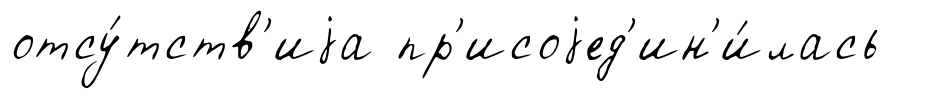
отсу́тств'иjа пр'исоjед'ин'и́лась